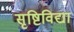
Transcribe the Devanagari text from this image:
सृष्टिविद्या